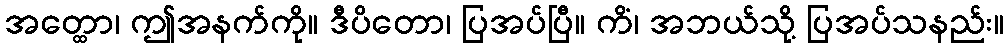
အတ္ထော၊ ဤအနက်ကို။ ဒီပိတော၊ ပြအပ်ပြီ။ ကိံ၊ အဘယ်သို့ ပြအပ်သနည်း။